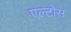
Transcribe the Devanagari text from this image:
एल्टोस